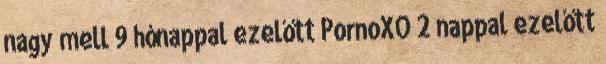
nagy mell 9 hónappal ezelőtt PornoXO 2 nappal ezelőtt